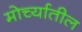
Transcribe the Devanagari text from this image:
मोर्च्यातील